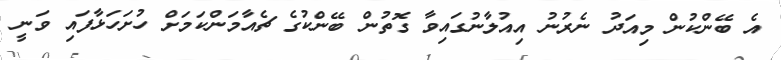
އެ ބޭންކުން މިއަދު ނެރުނު އިއުލާނުގައިވާ ގޮތުން ބޭންކުގެ ޗެއާމަންކަމަށް ހުށަހަޅާފައި ވަނީ